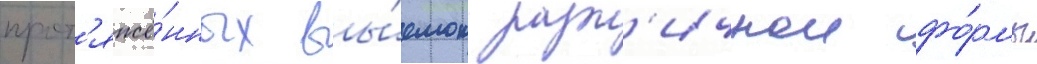
прот'яжё́нных вы́емок разл'ичнои фо́рмы